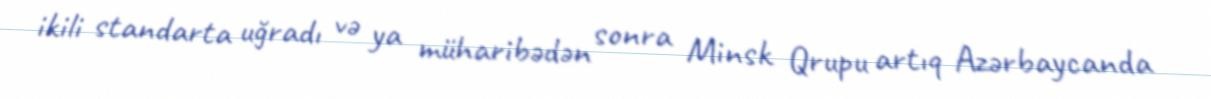
ikili standarta uğradı və ya müharibədən sonra Minsk Qrupu artıq Azərbaycanda